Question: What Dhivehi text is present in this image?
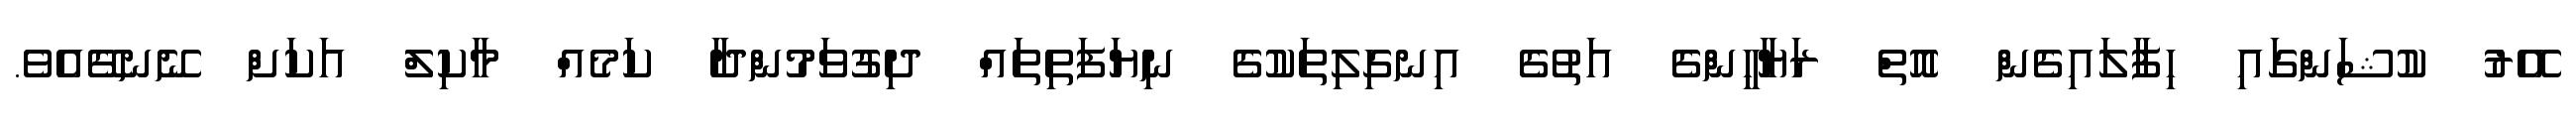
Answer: އޭރު ކުޝަންގައި ހިފާލައިގެން އޮތް ރަޔާހީންގެ އަތުގެ އިނގިލިތަކުގެ ނިޔަފަތިތައް ދިގުވަމުންދާ ކަމެއް މާކިލް އަކަށް ނޭނގޭއެވެ.